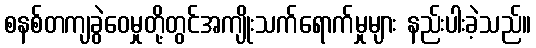
စနစ်တကျခွဲဝေမှုတို့တွင်အကျိုးသက်ရောက်မှုများ နည်းပါးခဲ့သည်။